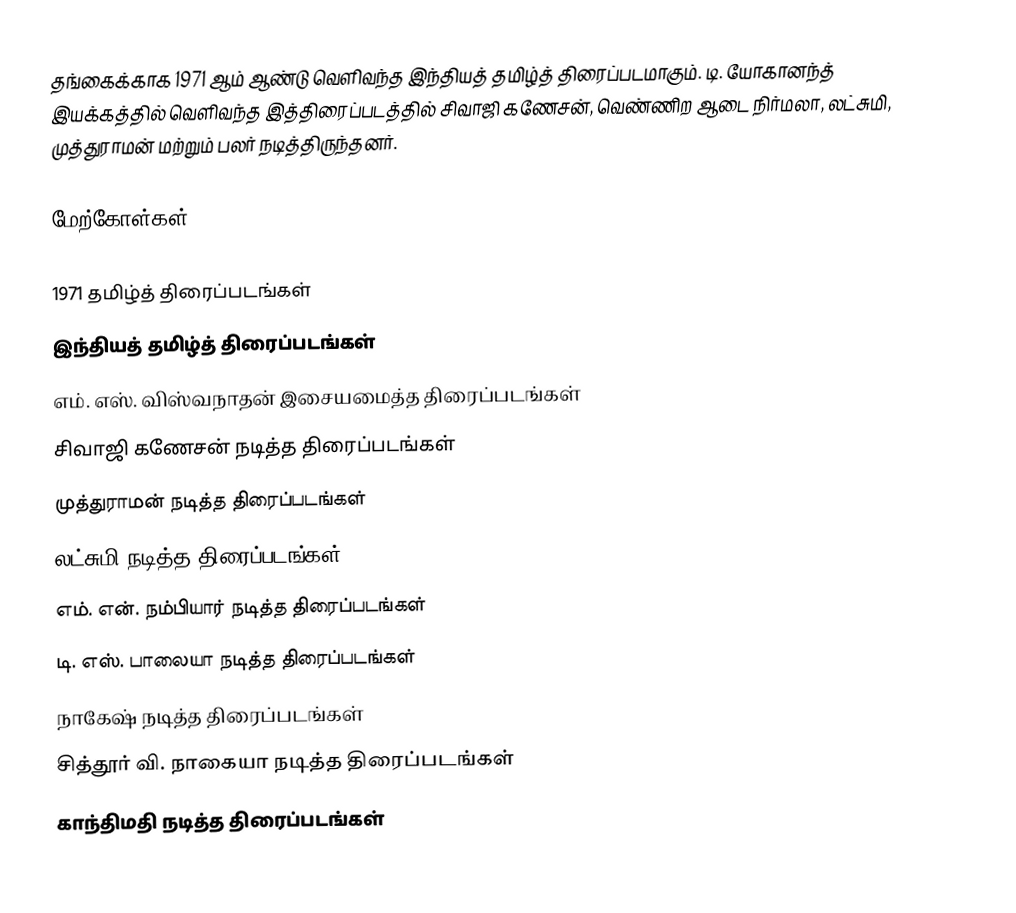
தங்கைக்காக 1971 ஆம் ஆண்டு வெளிவந்த இந்தியத் தமிழ்த் திரைப்படமாகும். டி. யோகானந்த் இயக்கத்தில் வெளிவந்த இத்திரைப்படத்தில் சிவாஜி கணேசன், வெண்ணிற ஆடை நிர்மலா, லட்சுமி, முத்துராமன் மற்றும் பலர் நடித்திருந்தனர்.

மேற்கோள்கள்

1971 தமிழ்த் திரைப்படங்கள்
இந்தியத் தமிழ்த் திரைப்படங்கள்
எம். எஸ். விஸ்வநாதன் இசையமைத்த திரைப்படங்கள்
சிவாஜி கணேசன் நடித்த திரைப்படங்கள்
முத்துராமன் நடித்த திரைப்படங்கள்
லட்சுமி நடித்த திரைப்படங்கள்
எம். என். நம்பியார் நடித்த திரைப்படங்கள்
டி. எஸ். பாலையா நடித்த திரைப்படங்கள்
நாகேஷ் நடித்த திரைப்படங்கள்
சித்தூர் வி. நாகையா நடித்த திரைப்படங்கள்
காந்திமதி நடித்த திரைப்படங்கள்